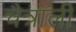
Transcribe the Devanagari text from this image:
चैत्राली